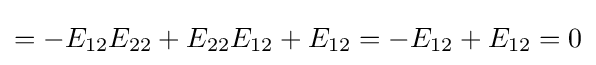
=-E_{12}E_{22}+E_{22}E_{12}+E_{12}=-E_{12}+E_{12}=0